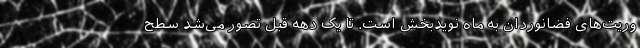
وریت‌های فضانوردان به ماه نویدبخش است. تا یک دهه قبل تصور می‌شد سطح